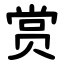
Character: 赏